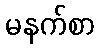
မနက်စာ